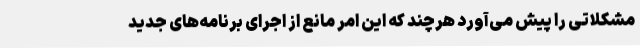
مشکلاتی را پیش می‌آورد هرچند که این امر مانع از اجرای برنامه‌های جدید